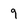
Character: 9